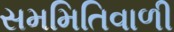
સમમિતિવાળી